Trukikaitis_Postimees, lk 42
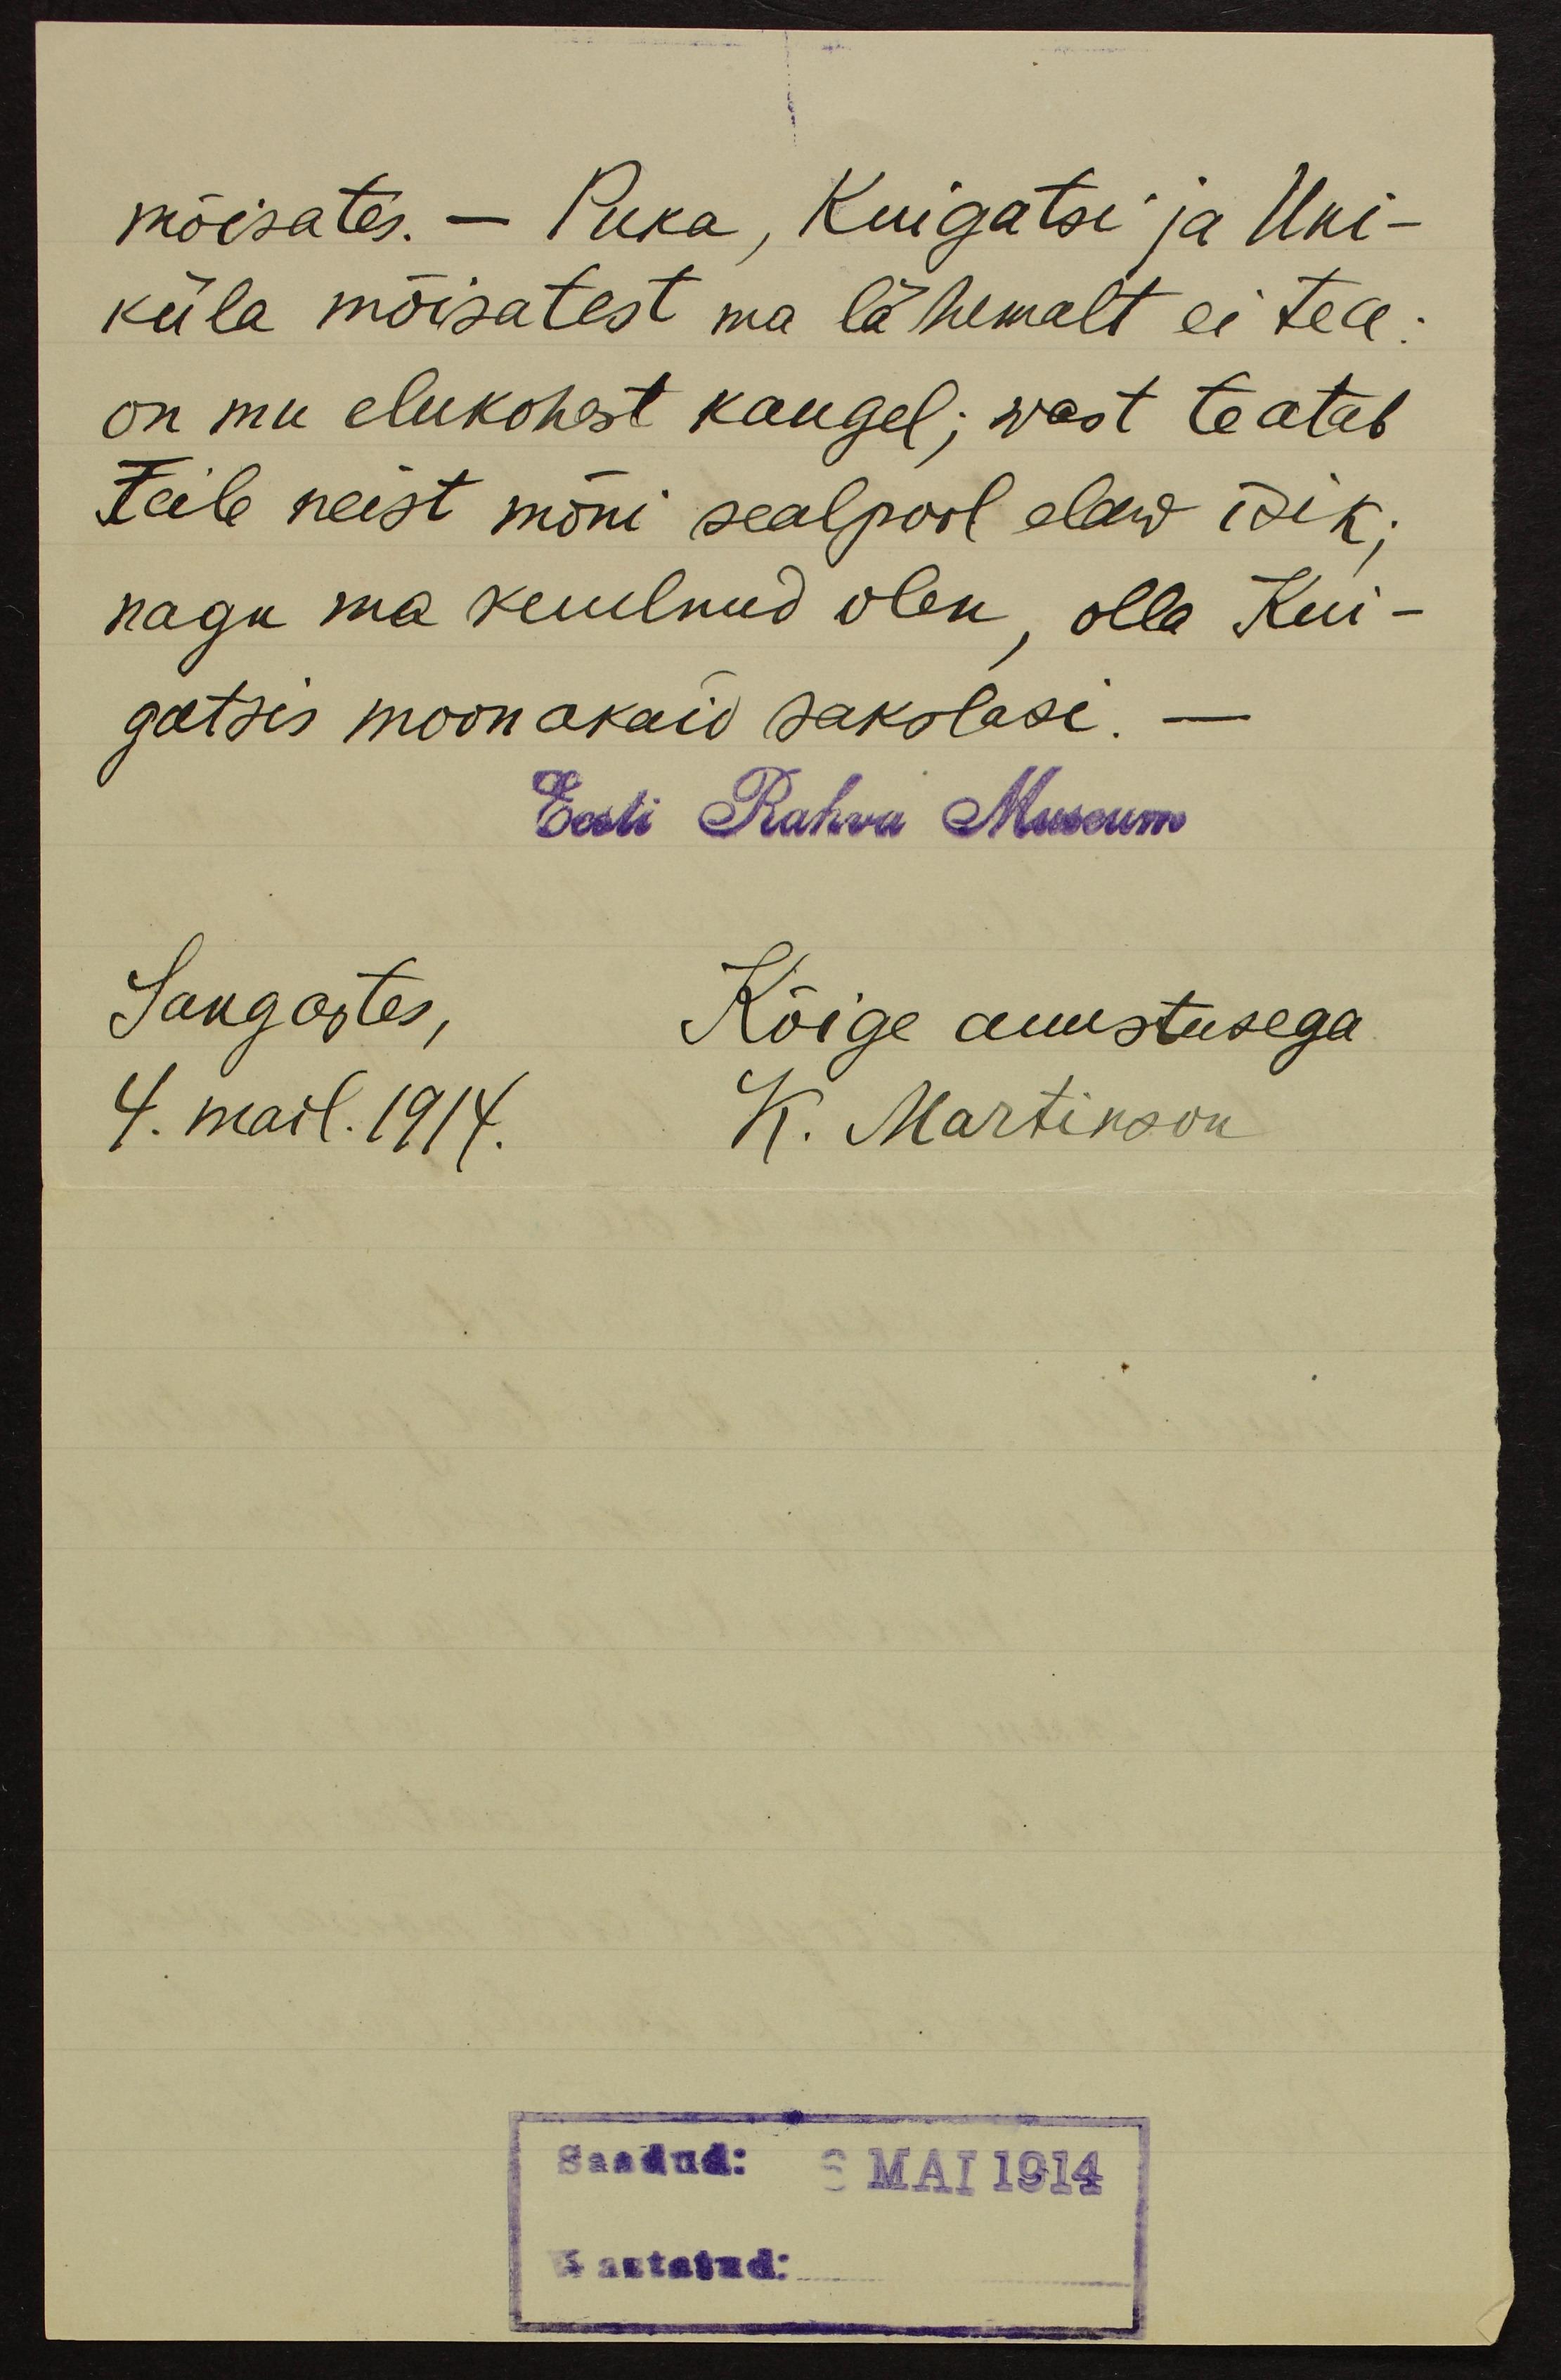
mõisates. - Puka, Kuigatsi ja Uni-
küla mõisatest ma lähemalt ei tea:
on mu elukohast kaugel; wast teatab
Teile neist mõni sealpool elaw isik;
nagu ma kuulnud olen, olla Kui-
gatsis moonakaid sakslasi. -
Eesti Rahva Museum
Sangastes,
Kõige auustusega
4. mail. 1914. K. Martinson

Saadud: 6 MAI 1914
Vastatud: